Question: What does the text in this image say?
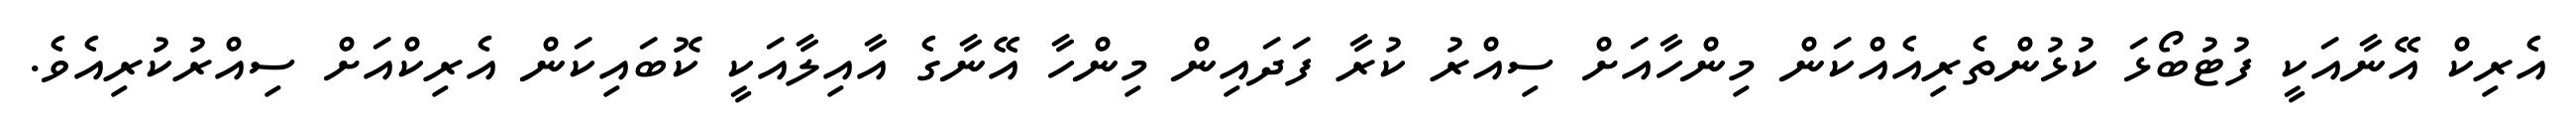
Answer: އެރިކް އޭނާއަކީ ފުޓުބޯޅަ ކުޅުންތެރިއެއްކަން މިންހާއަށް ސިއްރު ކުރާ ފަދައިން މިންހާ އޭނާގެ އާއިލާއަކީ ކޮބައިކަން އެރިކްއަށް ސިއްރުކުރިއެވެ.